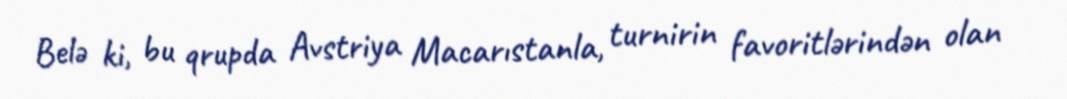
Belə ki, bu qrupda Avstriya Macarıstanla, turnirin favoritlərindən olan